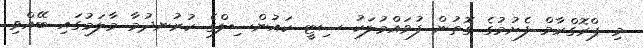
މި ޕްރޮގްރާމް ފެށުމުގެ ގޮތުން ފުވައްމުލަކު ސިޓީ ކައުންސިލްގެ ކުރުނދުމާ މާލަމުގައި ބޭއްވި